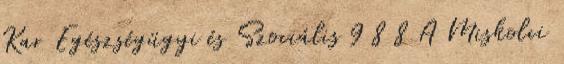
Kar Egészségügyi és Szociális 9 8 8 A Miskolci